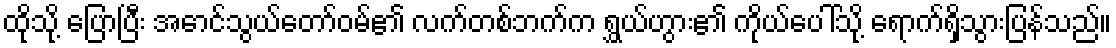
ထိုသို့ ပြောပြီး အောင်သွယ်တော်ဝမ်၏ လက်တစ်ဘက်က ရွှယ်ဟွား၏ ကိုယ်ပေါ်သို့ ရောက်ရှိသွားပြန်သည်။